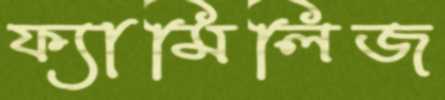
ফ্যামিলিজ